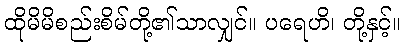
ထိုမိမိစည်းစိမ်တို့၏သာလျှင်။ ပရေဟိ၊ တို့နှင့်။